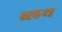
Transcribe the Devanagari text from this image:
ब्लथ